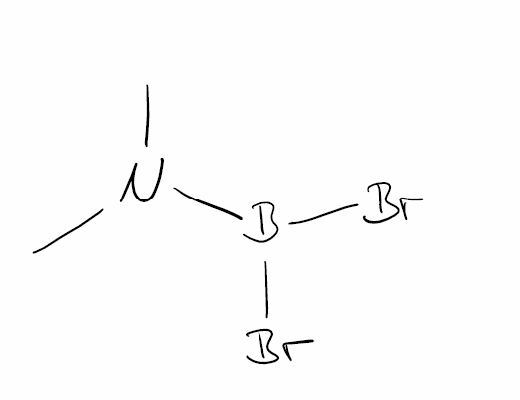
Simplified molecular-input line-entry system (SMILES) notation of the given molecule:
B(N(C)C)(Br)Br